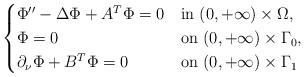
LaTeX: \begin{align*}\begin{cases} \Phi''-{\Delta} \Phi+A^T\Phi=0&\hbox{in } (0, +\infty) \times \Omega,\\\Phi = 0&\hbox{on } (0, +\infty) \times \Gamma_0,\cr\partial_\nu \Phi + B^T\Phi= 0 &\hbox{on } (0, +\infty) \times \Gamma_1 \end{cases}\end{align*}